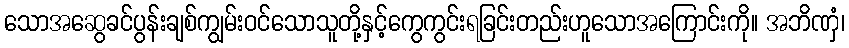
သောအဆွေခင်ပွန်းချစ်ကျွမ်းဝင်သောသူတို့နှင့်ကွေကွင်းရခြင်းတည်းဟူသောအကြောင်းကို။ အဘိဏှံ၊